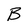
Character: B